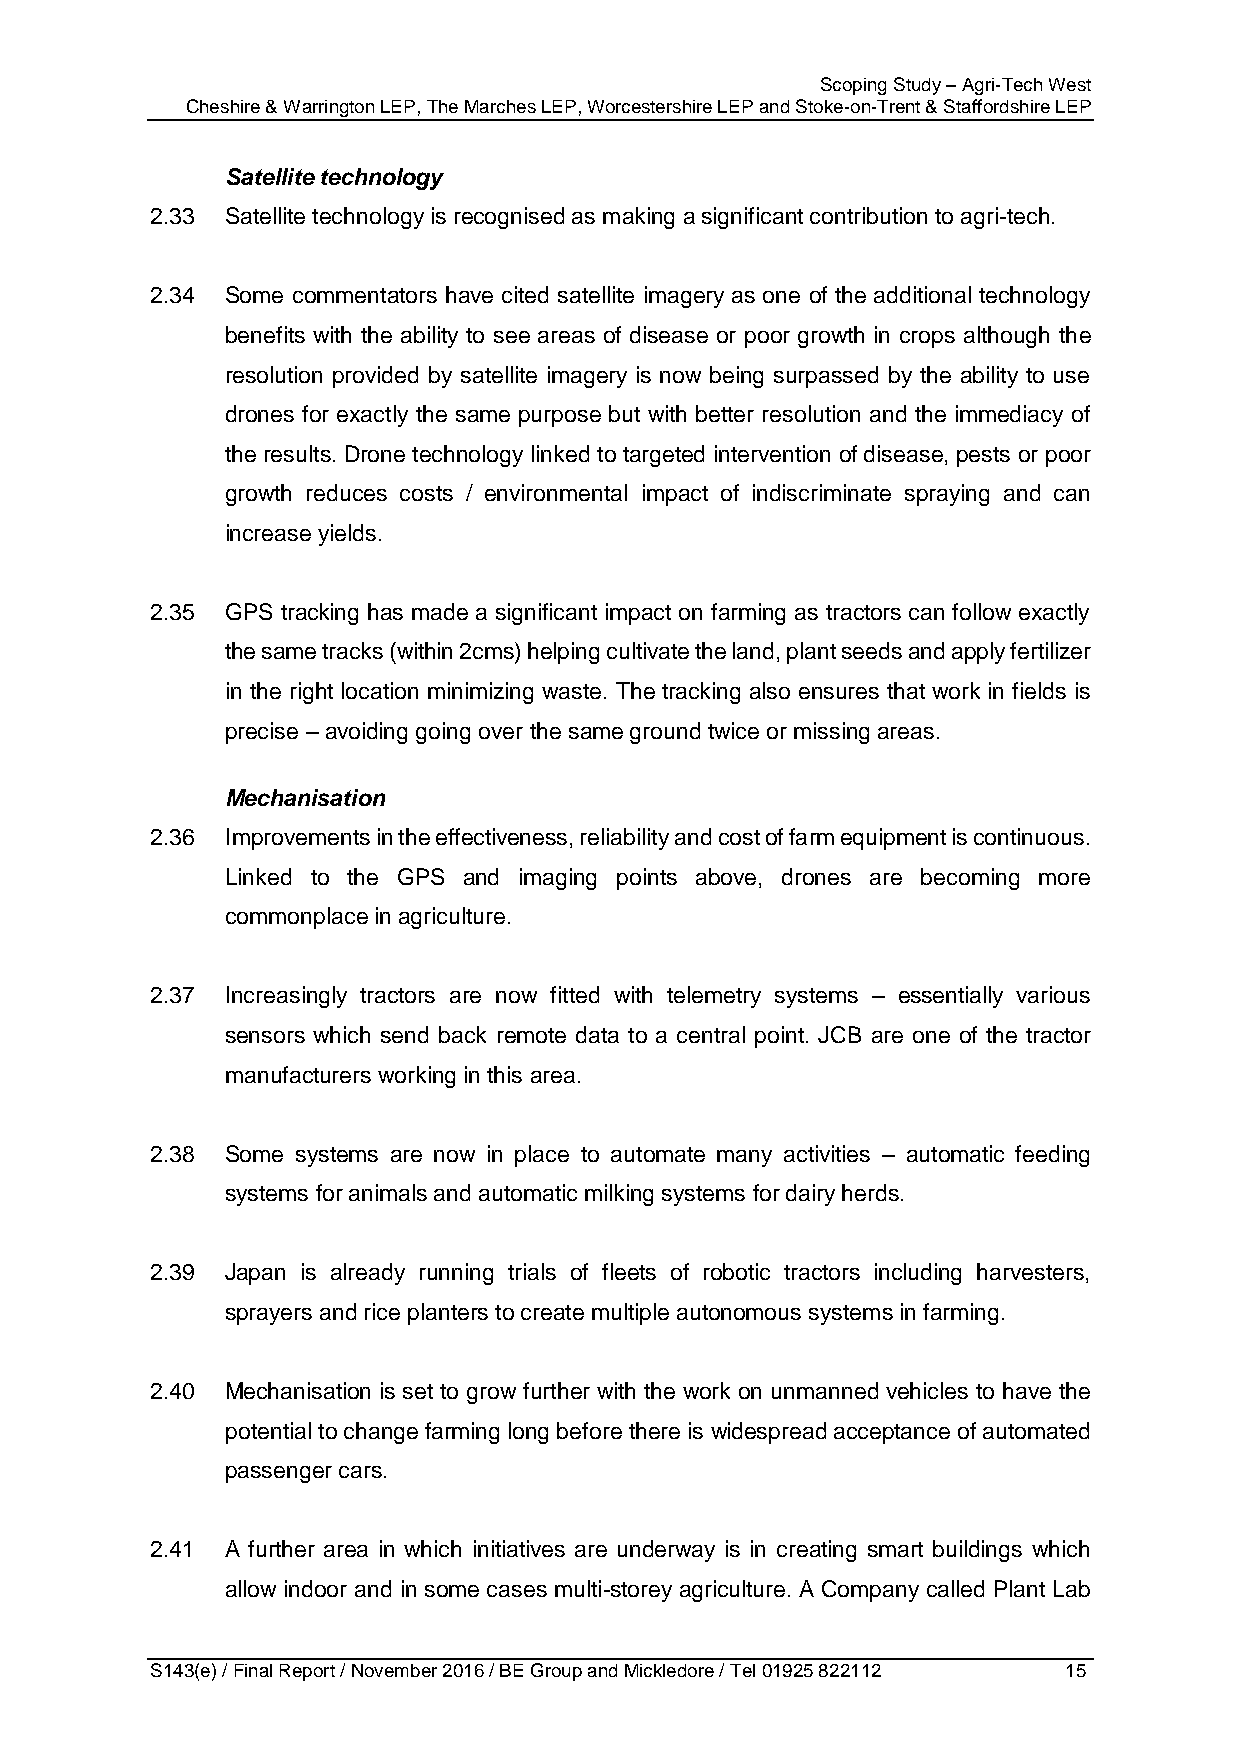
Scoping Study – Agri-Tech West
 Cheshire & Warrington LEP, The Marches LEP, Worcestershire LEP and Stoke-on-Trent & Staffordshire LEP
 Satellite technology
 2.33 Satellite technology is recognised as making a significant contribution to agri-tech.
 2.34 Some commentators have cited satellite imagery as one of the additional technology
 benefits with the ability to see areas of disease or poor growth in crops although the
 resolution provided by satellite imagery is now being surpassed by the ability to use
 drones for exactly the same purpose but with better resolution and the immediacy of
 the results. Drone technology linked to targeted intervention of disease, pests or poor
 growth reduces costs / environmental impact of indiscriminate spraying and can
 increase yields.
 2.35 GPS tracking has made a significant impact on farming as tractors can follow exactly
 the same tracks (within 2cms) helping cultivate the land, plant seeds and apply fertilizer
 in the right location minimizing waste. The tracking also ensures that work in fields is
 precise – avoiding going over the same ground twice or missing areas.
 Mechanisation
 2.36 Improvements in the effectiveness, reliability and cost of farm equipment is continuous.
 Linked to the GPS and imaging points above, drones are becoming more
 commonplace in agriculture.
 2.37 Increasingly tractors are now fitted with telemetry systems – essentially various
 sensors which send back remote data to a central point. JCB are one of the tractor
 manufacturers working in this area.
 2.38 Some systems are now in place to automate many activities – automatic feeding
 systems for animals and automatic milking systems for dairy herds.
 2.39 Japan is already running trials of fleets of robotic tractors including harvesters,
 sprayers and rice planters to create multiple autonomous systems in farming.
 2.40 Mechanisation is set to grow further with the work on unmanned vehicles to have the
 potential to change farming long before there is widespread acceptance of automated
 passenger cars.
 2.41 A further area in which initiatives are underway is in creating smart buildings which
 allow indoor and in some cases multi-storey agriculture. A Company called Plant Lab
 S143(e) / Final Report / November 2016 / BE Group and Mickledore / Tel 01925 822112 15